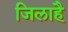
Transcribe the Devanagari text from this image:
जिलाहै